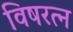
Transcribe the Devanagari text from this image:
विषरत्न